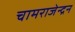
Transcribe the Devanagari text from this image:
चामराजेन्द्रन